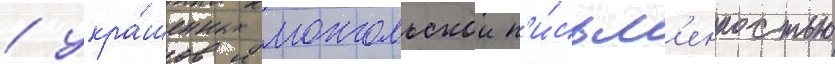
/ укра́шенных монгольскои п'и́сьм'енностью